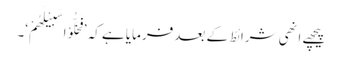
پیچھے اِنھی شرائط کے بعد فرمایا ہے کہ ’فَخَلُّوْا سَبِیْلَھُمْ‘۔